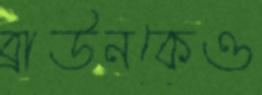
ব্রাউনকেও